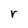
Character: r